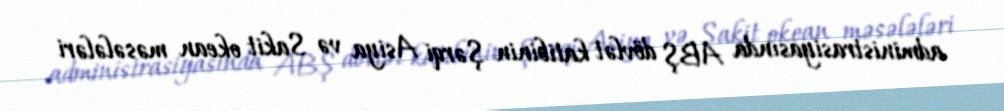
administrasiyasında ABŞ dövlət katibinin Şərqi Asiya və Sakit okean məsələləri